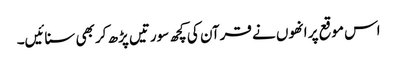
اس موقع پر انھوں نے قرآن کی کچھ سورتیں پڑھ کر بھی سنائیں۔